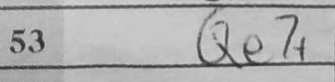
Transcription: Qe7+